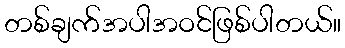
တစ်ချက်အပါအဝင်ဖြစ်ပါတယ်။